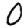
Digit: 0